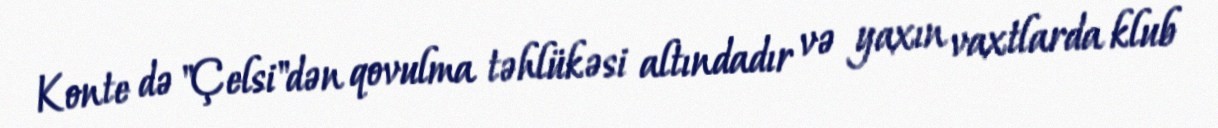
Konte də "Çelsi"dən qovulma təhlükəsi altındadır və yaxın vaxtlarda klub